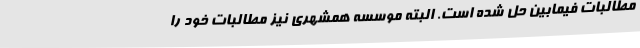
مطالبات فیمابین حل شده است. البته موسسه همشهری نیز مطالبات خود را